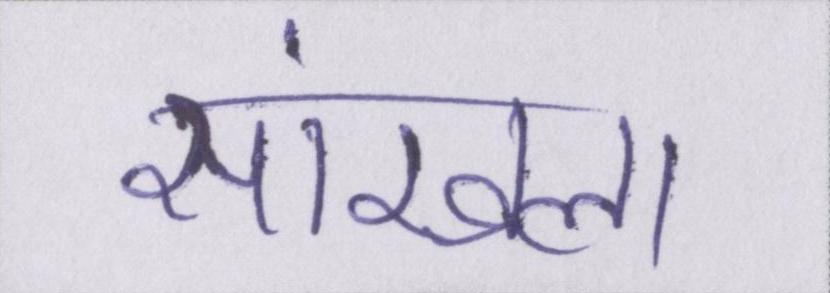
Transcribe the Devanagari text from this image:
सांखला